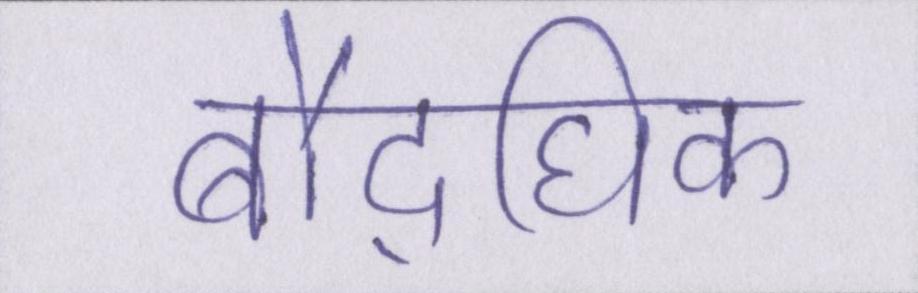
बौद्घिक